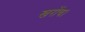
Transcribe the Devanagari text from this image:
खरोंच।